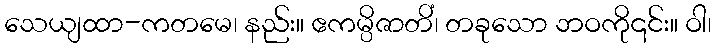
သေယျထာ-ကတမေ၊ နည်း။ ဧကမ္ပိဇာတိံ၊ တခုသော ဘဝကို၎င်း။ ဝါ၊